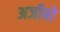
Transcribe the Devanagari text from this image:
अजीबो